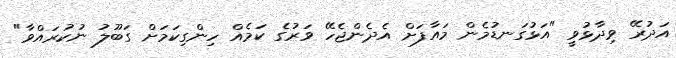
އަދުރޭ ވިދާޅުވީ "އަޅުގަނޑުމެން މައާފަށް އެދެންޖެހޭ ވަރުގެ ކަމެއް ހިންގިކަމަށް ގަބޫލު ނުކުރައްވާ"